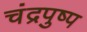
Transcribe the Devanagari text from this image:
चंद्रपुष्प